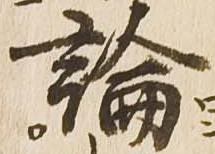
論